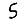
Digit: 5